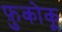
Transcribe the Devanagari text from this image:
फ़ुकोकू